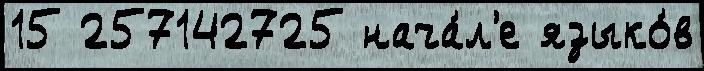
15 257142725 нача́л'е языко́в